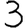
Digit: 3